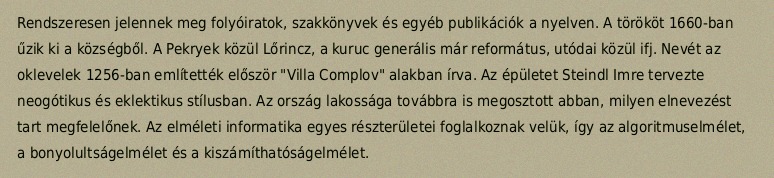
Rendszeresen jelennek meg folyóiratok, szakkönyvek és egyéb publikációk a nyelven. A törököt 1660-ban űzik ki a községből. A Pekryek közül Lőrincz, a kuruc generális már református, utódai közül ifj. Nevét az oklevelek 1256-ban említették először "Villa Complov" alakban írva. Az épületet Steindl Imre tervezte neogótikus és eklektikus stílusban. Az ország lakossága továbbra is megosztott abban, milyen elnevezést tart megfelelőnek. Az elméleti informatika egyes részterületei foglalkoznak velük, így az algoritmuselmélet, a bonyolultságelmélet és a kiszámíthatóságelmélet.